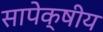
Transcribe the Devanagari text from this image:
सापेक्षीय